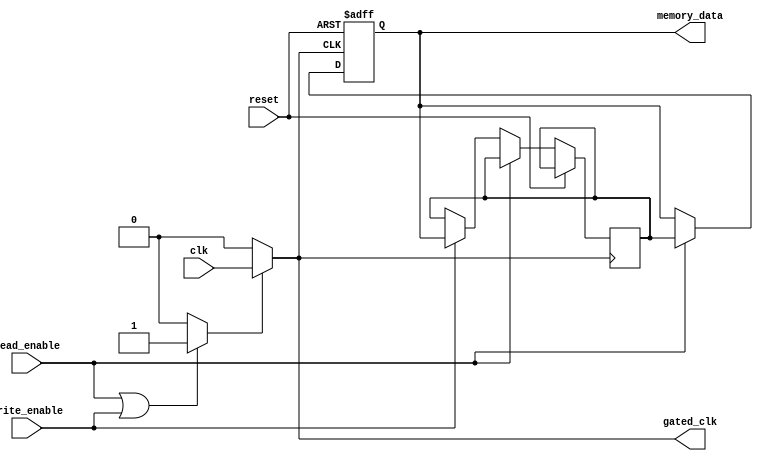
module clock_gating(
    input wire clk,                // Main clock input
    input wire reset,              // Asynchronous reset
    input wire read_enable,        // Control signal for read operation
    input wire write_enable,       // Control signal for write operation
    output wire gated_clk,         // Gated clock output
    output reg [7:0] memory_data   // Example memory data output
);

// Internal signals
reg enable;                       // Clock gating enable signal
reg [7:0] memory [0:255];        // Memory array (256 x 8 bits)

// Clock Gating Control Logic
always @(*) begin
    // Enable clock if reading or writing, otherwise disable
    if (read_enable || write_enable) begin
        enable = 1'b1;
    end else begin
        enable = 1'b0;
    end
end

// Clock Gating Cell
assign gated_clk = enable ? clk : 1'b0;

// Memory Block Interface
always @(posedge gated_clk or posedge reset) begin
    if (reset) begin
        // Reset memory data
        memory_data <= 8'b0;
    end else if (read_enable) begin
        // Read operation (example: read from address 0)
        memory_data <= memory[0]; // Reading from address 0
    end else if (write_enable) begin
        // Write operation (example: write to address 0)
        memory[0] <= memory_data; // Writing to address 0
    end
end

endmodule